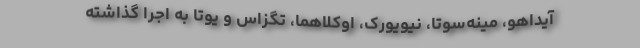
آیداهو، مینه‌سوتا، نیویورک، اوکلاهما، تگزاس و یوتا به اجرا گذاشته